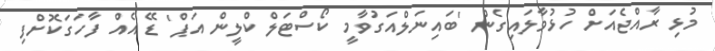
މުޅި ރާއްޖެއަށް ހުޅުވާލައިގެން 'ބައިނަލްއަގުވާމީ ކޯސްޓަލް ކްލީން އަޕް' ޑޭ އެއް ފާހަގަކޮށްފި